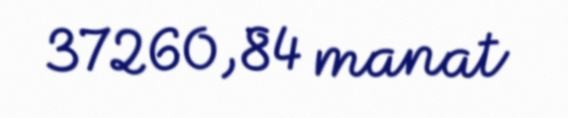
37260,84 manat